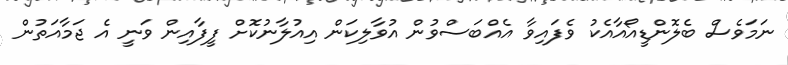
ނަމަވެސް ބެލޮންޑީއޯއާއެކު ވެފައިވާ އެއްބަސްވުން އުވާލިކަން އިއުލާނުކޮށް ފީފާއިން ވަނީ އެ ޖަމާއަތުން